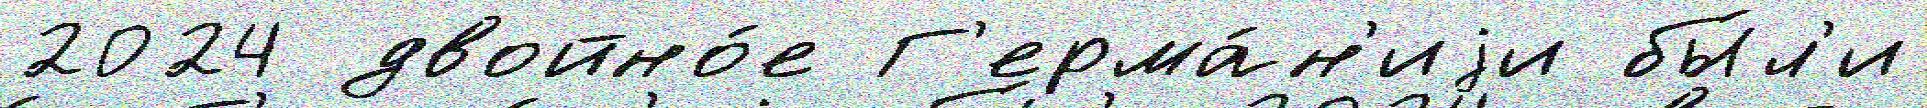
2024 двойно́е Г'ерма́н'иjи бы́л'и